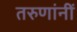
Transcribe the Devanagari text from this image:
तरुणांनीं